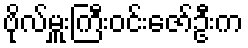
ဗိုလ်မှူးကြီးဝင်းဇော်ဦးက